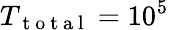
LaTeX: {T_{\mathrm{~t~o~t~a~l~}}}=10^{5}